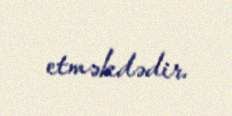
etməkdədir.